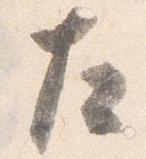
左